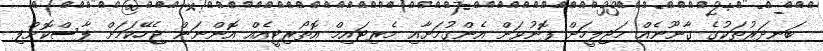
ބަނދަރުތަކުގެ ގާނޫނެއް މަޖިލީހަށް ފޮނުވަން އެންގުމަށާއި މެރިޓައިމް އޮތޯރިޓީއެއް އޮންނަން ޖެހޭކަމަށް ފާސްކޮށްފި